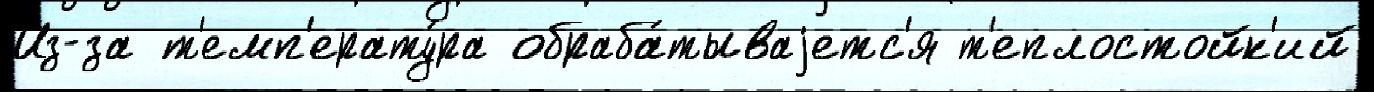
И́з-за т'емп'ерату́ра обраба́тываjетс'я т'еплостойк'ий